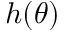
h ( \theta )